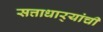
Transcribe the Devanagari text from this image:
सत्ताधार्‍यांची